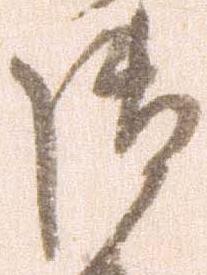
御